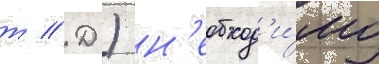
т // Д.) н'еобход'и́мо